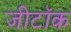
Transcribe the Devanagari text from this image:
जीटॉक